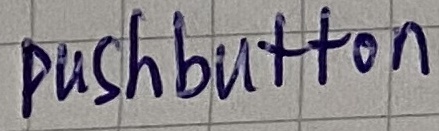
Text: pushbutton